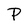
Character: P